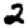
Digit: 2